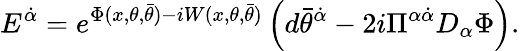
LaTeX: {E}^{\dot{\alpha}}=e^{\Phi(x,\theta,\bar{\theta})-iW(x,\theta,\bar{\theta})}\left(d\bar{\theta}^{\dot{\alpha}}-{2i}\Pi^{\alpha\dot{\alpha}}D_{\alpha}\Phi\right).